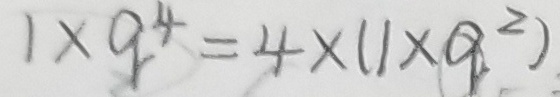
1 \times 9 ^ { 4 } = 4 \times ( 1 \times 9 ^ { 2 } )